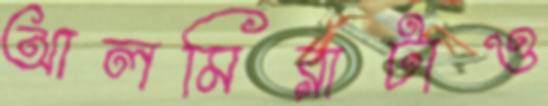
আলমিরাটাও